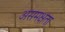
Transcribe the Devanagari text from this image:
असमक्षता